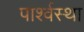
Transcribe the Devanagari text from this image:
पार्श्वस्था